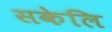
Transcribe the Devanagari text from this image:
सकेलि